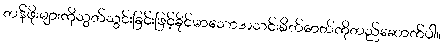
တန်ဖိုးများကိုသွတ်သွင်းခြင်းဖြင့်ခိုင်မာသောအသင်းစိတ်ဓာတ်ကိုတည်ဆောက်ပါ။